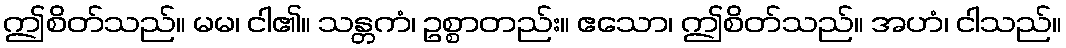
ဤစိတ်သည်။ မမ၊ ငါ၏။ သန္တကံ၊ ဥစ္စာတည်း။ ဧသော၊ ဤစိတ်သည်။ အဟံ၊ ငါသည်။